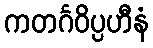
ကတင်္ဂဝိပ္ပဟီနံ